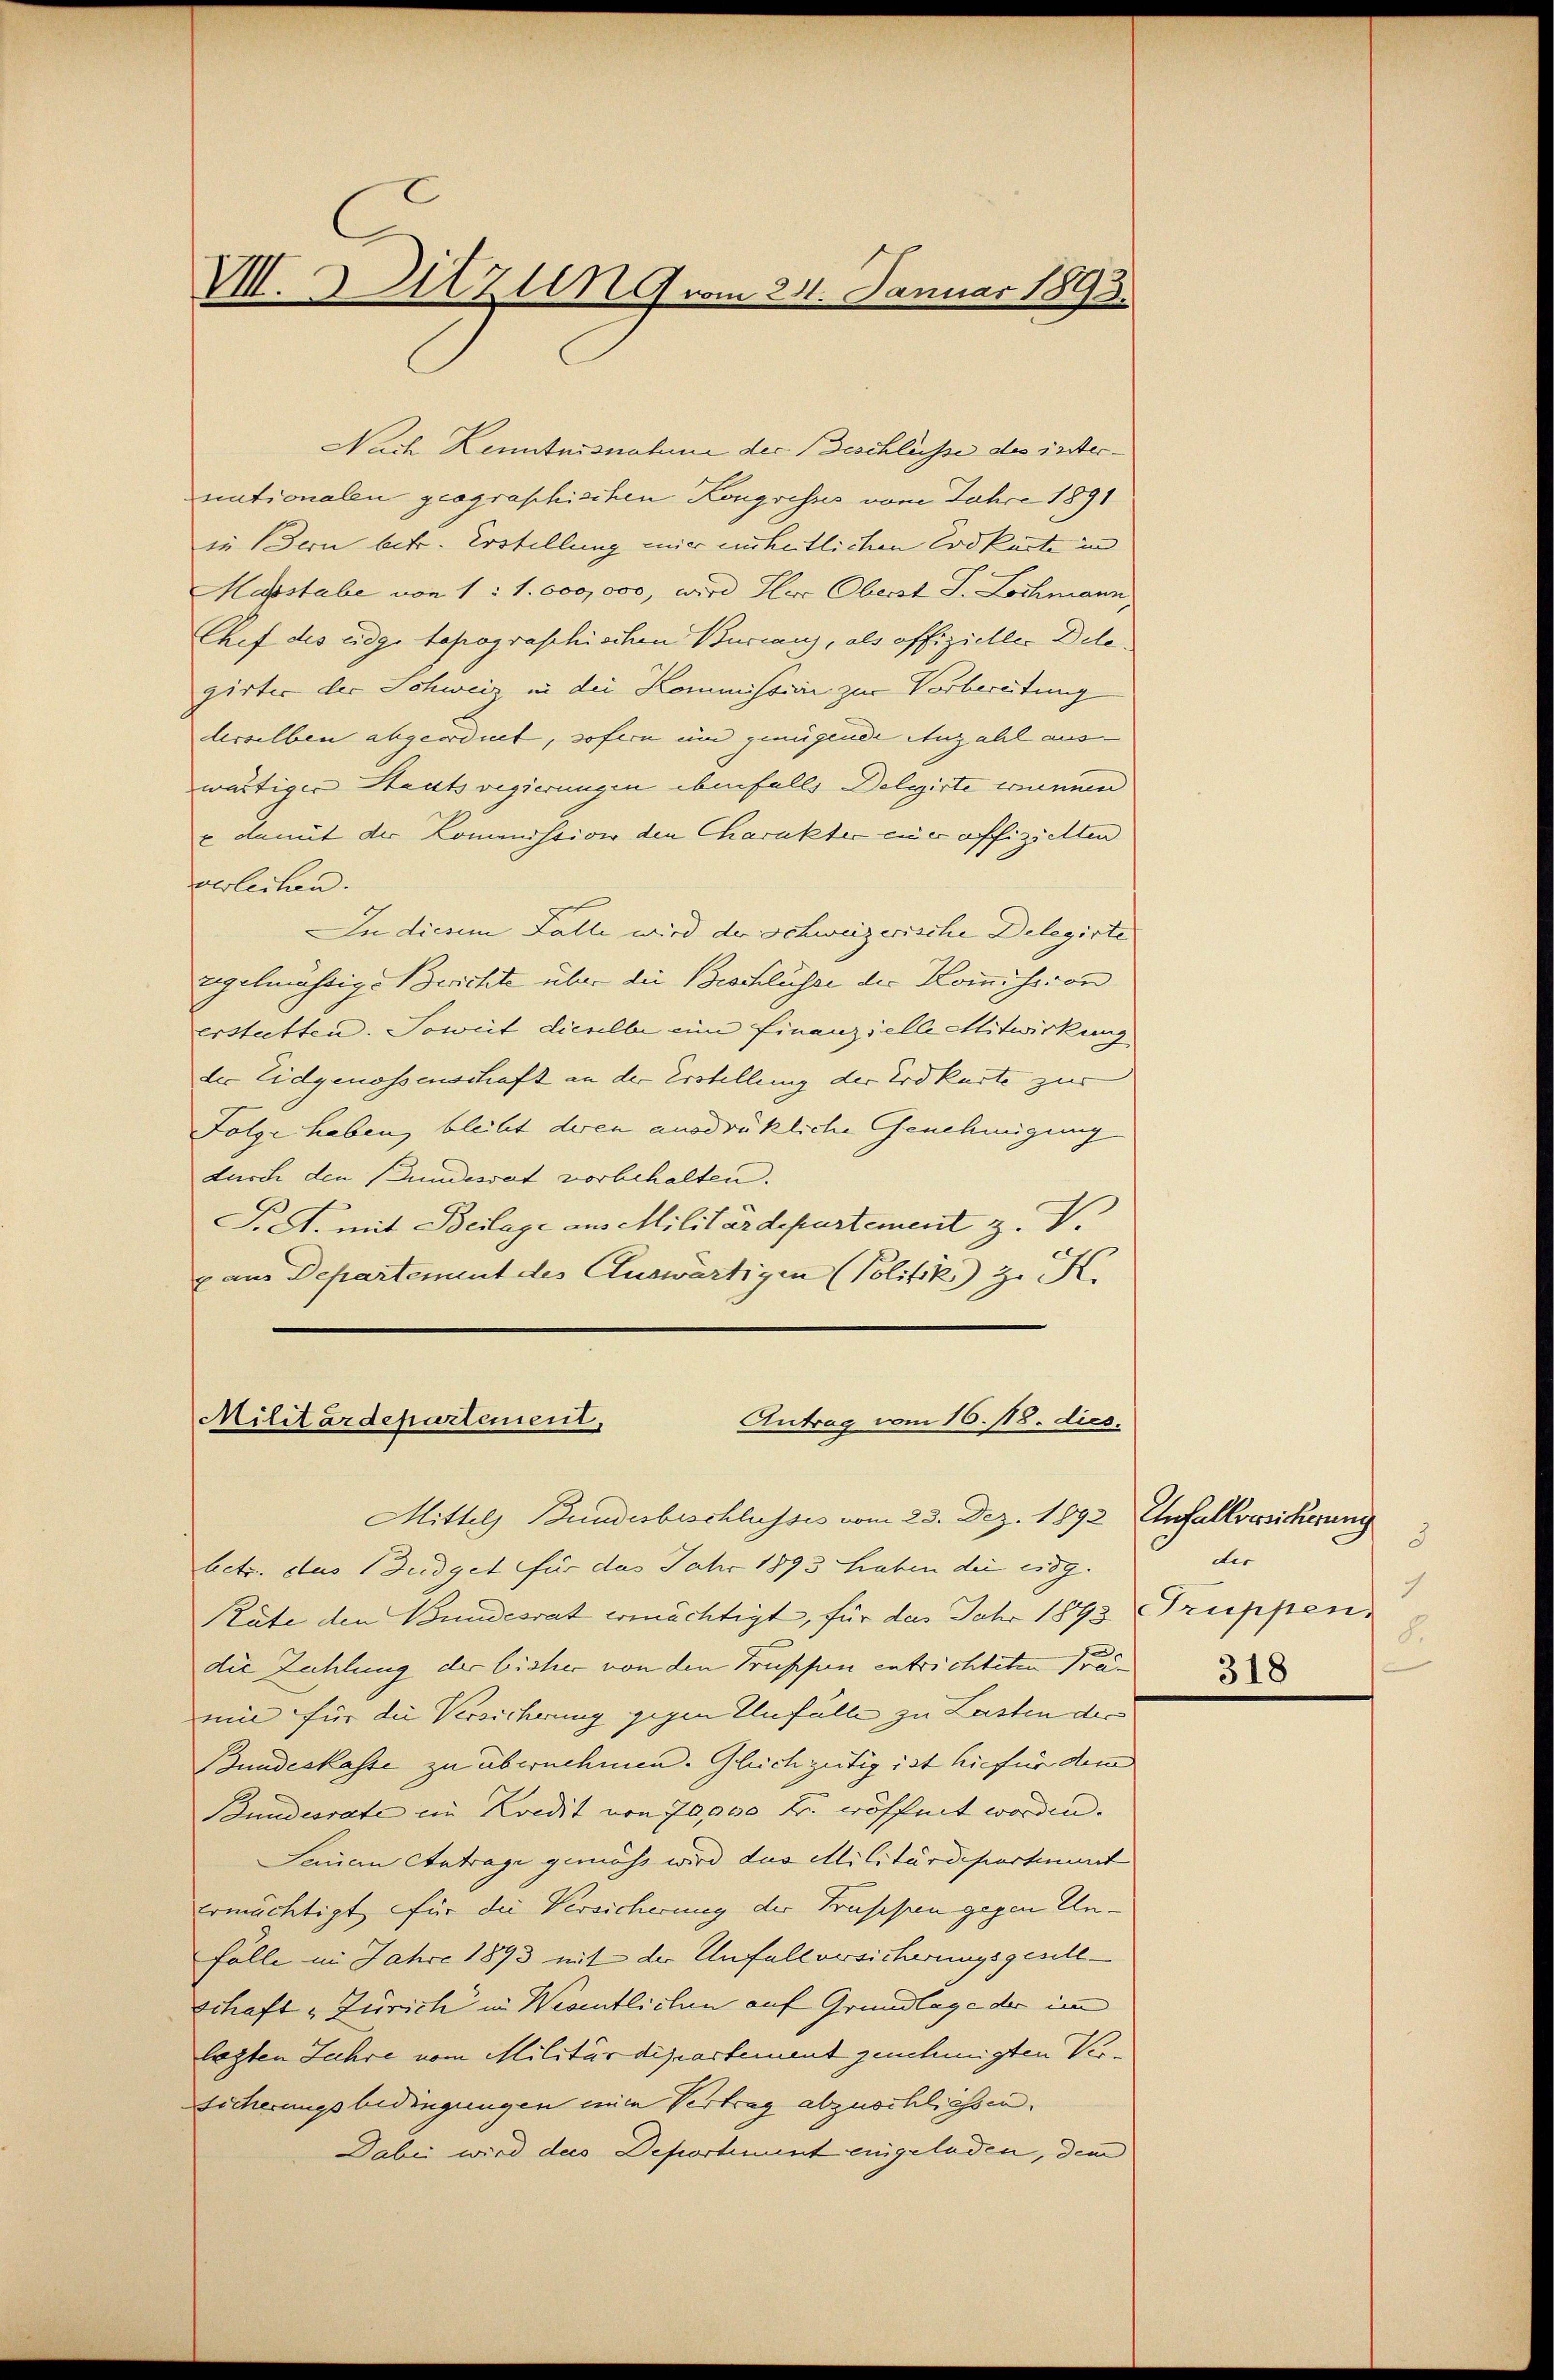
VIII. Mitzung vom 21. Januar 1893.

Nach Kenntnisnahme der Beschlüsse des internationalen geographischen Kongresses vom Jahre 1891
in Bern betr. Erstellung mir unheitlichen Erdkürte in
Maßstabe von 1 : 1. 000,000, wird Herr Oberst J. Lochmann,
Chef des Eidg. topographischen Burcanz, als offizieller Delegirter der Schweiz in der Kommission zur Vorbereitung
desselben abgeordnet, sofern um genügende Anzahl aus-
wärtiger Staatsregierungen ebenfalls Delgirte wunnen
 damit der Kommission den Charakter ein offiziellen
verleihen.
In diesem Falle wird der Schweizerische Delegirte
egelmässige Berichte über die Beschlüsse der Kommission
erstatten. Soweit dieselbe eine Finanzielle Mitwirkung
der Eidgenossenschaft an der Erstellung der Erdkarte zur
Folge haben, bleibt deren ausdrükliche Genehmigung
durch den Bundesrat vorbehalten.
P. G. mit Beilage aus Militärdepartement z. V.
z aus Departement des Cluswärtigen (Politik z. R.
Militärdepartement,
Antrag vom 16. 118. dies

Mittels Bundesbeschlusses vom 23. Dez. 1892 Unfallversicherung
betr. das Budget für das Jahr 1893 haben die es g
Räte den Bundesrat ermächtigt, für des Jahr 1843 Truppen
die Zahlung der bisher von den Truppen entrichteten Premie für die Versicherung gegen Unfülle zu Lasten der
Bundeskasse zu übernehmen. Gleichzeitig ist hiefür dem
Bundesrate in Kredit von 70,000 Fr. wöffnet worden. |
Seinen Antrage gemäss wird das Militärdepartint
ermächtigt, für die Versicherung der Trassen gegen Un¬
Fälle im Jahre 1893 mit der Unfallversicherungsgesell-
Schaft „Zürich in Wesentlichen auf Grundlage der im
letzten Jahre vom Militärdepartement genehmigten Ver¬
Sicherungsbedingungen einen Vertrag abzuschliessen.
Dabei wird des Deporhmint eingeladen, dem

3
der
1
8.

318